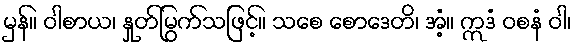
မှန်။ ဝါစာယ၊ နှုတ်မြွက်သဖြင့်။ သစေ စောဒေတိ၊ အံ့။ ဣဒံ ဝစနံ ဝါ၊